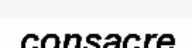
consacre